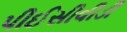
પીઈસીવીડી